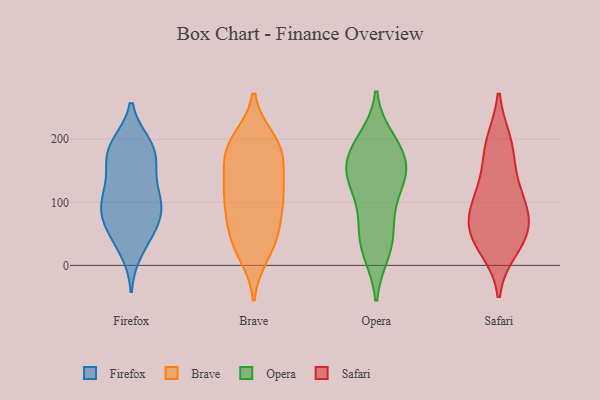
{"axis": {"x": "Page Views", "y": "Value"}, "legend": ["Brave", "Firefox", "Opera", "Safari"], "data": [{"x": "", "y": 107, "type": "Firefox"}, {"x": "", "y": 23, "type": "Firefox"}, {"x": "", "y": 188, "type": "Firefox"}, {"x": "", "y": 54, "type": "Firefox"}, {"x": "", "y": 179, "type": "Firefox"}, {"x": "", "y": 173, "type": "Firefox"}, {"x": "", "y": 120, "type": "Firefox"}, {"x": "", "y": 78, "type": "Firefox"}, {"x": "", "y": 41, "type": "Firefox"}, {"x": "", "y": 107, "type": "Firefox"}, {"x": "", "y": 152, "type": "Firefox"}, {"x": "", "y": 64, "type": "Firefox"}, {"x": "", "y": 191, "type": "Firefox"}, {"x": "", "y": 192, "type": "Firefox"}, {"x": "", "y": 80, "type": "Firefox"}, {"x": "", "y": 92, "type": "Firefox"}, {"x": "", "y": 150, "type": "Firefox"}, {"x": "", "y": 96, "type": "Firefox"}, {"x": "", "y": 193, "type": "Brave"}, {"x": "", "y": 107, "type": "Brave"}, {"x": "", "y": 131, "type": "Brave"}, {"x": "", "y": 107, "type": "Brave"}, {"x": "", "y": 183, "type": "Brave"}, {"x": "", "y": 19, "type": "Brave"}, {"x": "", "y": 198, "type": "Brave"}, {"x": "", "y": 157, "type": "Brave"}, {"x": "", "y": 43, "type": "Brave"}, {"x": "", "y": 30, "type": "Brave"}, {"x": "", "y": 179, "type": "Brave"}, {"x": "", "y": 63, "type": "Brave"}, {"x": "", "y": 105, "type": "Brave"}, {"x": "", "y": 179, "type": "Brave"}, {"x": "", "y": 110, "type": "Brave"}, {"x": "", "y": 57, "type": "Brave"}, {"x": "", "y": 41, "type": "Opera"}, {"x": "", "y": 24, "type": "Opera"}, {"x": "", "y": 191, "type": "Opera"}, {"x": "", "y": 188, "type": "Opera"}, {"x": "", "y": 172, "type": "Opera"}, {"x": "", "y": 159, "type": "Opera"}, {"x": "", "y": 144, "type": "Opera"}, {"x": "", "y": 139, "type": "Opera"}, {"x": "", "y": 200, "type": "Opera"}, {"x": "", "y": 77, "type": "Opera"}, {"x": "", "y": 142, "type": "Opera"}, {"x": "", "y": 20, "type": "Opera"}, {"x": "", "y": 114, "type": "Opera"}, {"x": "", "y": 64, "type": "Opera"}, {"x": "", "y": 140, "type": "Opera"}, {"x": "", "y": 191, "type": "Safari"}, {"x": "", "y": 152, "type": "Safari"}, {"x": "", "y": 63, "type": "Safari"}, {"x": "", "y": 195, "type": "Safari"}, {"x": "", "y": 27, "type": "Safari"}, {"x": "", "y": 107, "type": "Safari"}, {"x": "", "y": 40, "type": "Safari"}, {"x": "", "y": 109, "type": "Safari"}, {"x": "", "y": 67, "type": "Safari"}, {"x": "", "y": 47, "type": "Safari"}, {"x": "", "y": 89, "type": "Safari"}]}